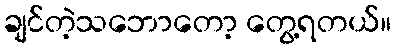
ချင်တဲ့သဘောတော့ တွေ့ရတယ်။